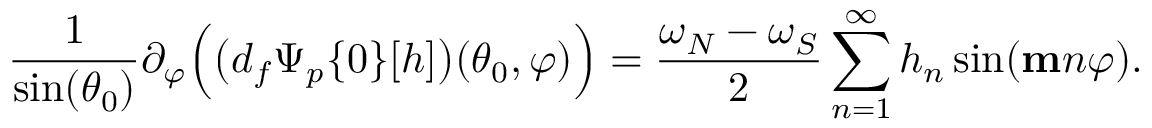
\frac { 1 } { \sin ( \theta _ { 0 } ) } \partial _ { \varphi } \Big ( \big ( d _ { f } \Psi _ { p } \{ 0 \} [ h ] \big ) ( \theta _ { 0 } , \varphi ) \Big ) = \frac { \omega _ { N } - \omega _ { S } } { 2 } \sum _ { n = 1 } ^ { \infty } h _ { n } \sin ( \mathbf { m } n \varphi ) .